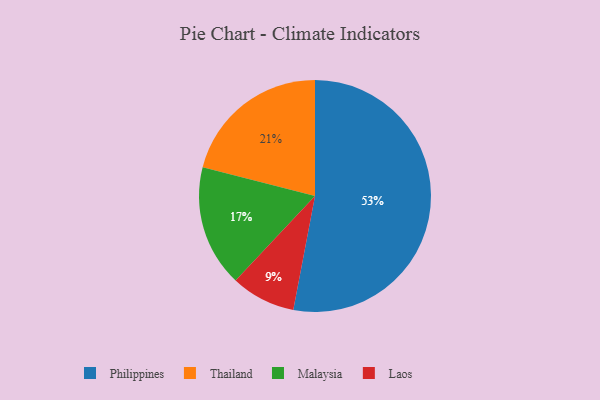
{"axis": {"x": "Category", "y": "Percentage"}, "legend": ["Laos", "Malaysia", "Philippines", "Thailand"], "data": [{"x": "Malaysia", "y": 17, "type": "Malaysia"}, {"x": "Laos", "y": 9, "type": "Laos"}, {"x": "Thailand", "y": 21, "type": "Thailand"}, {"x": "Philippines", "y": 53, "type": "Philippines"}]}